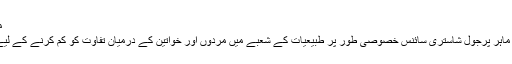
مساوات کی سائنس
فلکی طبیعیات کی ماہر پرجوَل شاستری سائنس خصوصی طور پر طبیعیات کے شعبے میں مردوں اور خواتین کے درمیان تفاوت کو کم کرنے کے لیے کام کر رہی ہیں۔